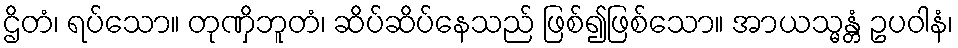
ဌိတံ၊ ရပ်သော။ တုဏှိဘူတံ၊ ဆိပ်ဆိပ်နေသည် ဖြစ်၍ဖြစ်သော။ အာယသ္မန္တံ ဥပဝါနံ၊